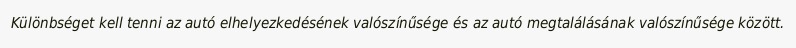
Különbséget kell tenni az autó elhelyezkedésének valószínűsége és az autó megtalálásának valószínűsége között.